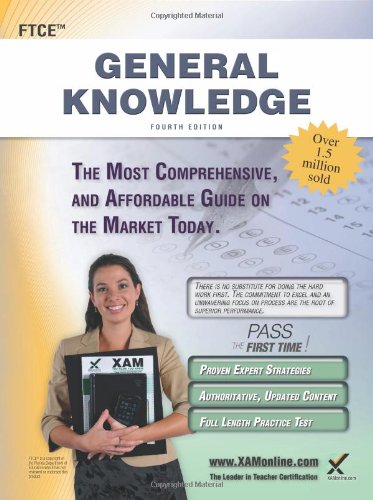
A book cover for FTCE General Knowledge Teacher Certification Study Guide Test Prep; Sharon A Wynne; Test Preparation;